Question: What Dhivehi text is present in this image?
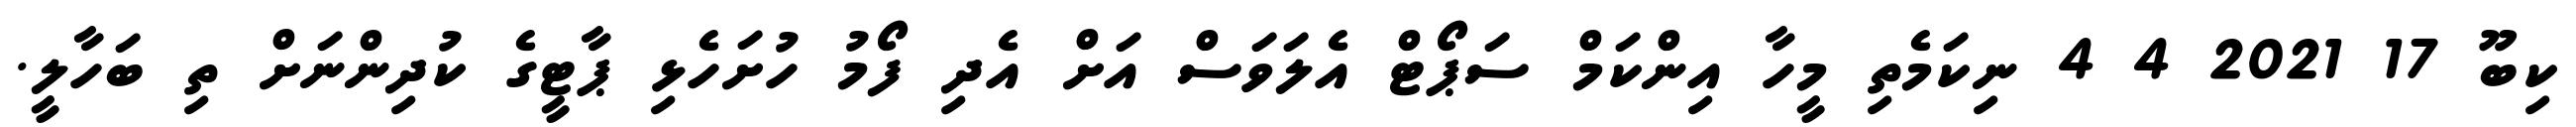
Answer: ކިބޫ 17 2021 4 4 ނިކަމެތި މީހާ އިންކަމް ސަޕޯޓް އެލަވަސް އަށް އެދި ފޯމު ހުށަހެޅި ޕާޓީގެ ކުދިންނަށް ތި ބަހާލީ.